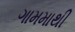
ગામમાથી